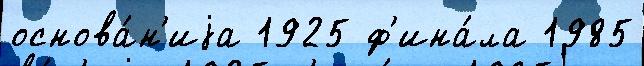
основа́н'иjа 1925 ф'ина́ла 1985